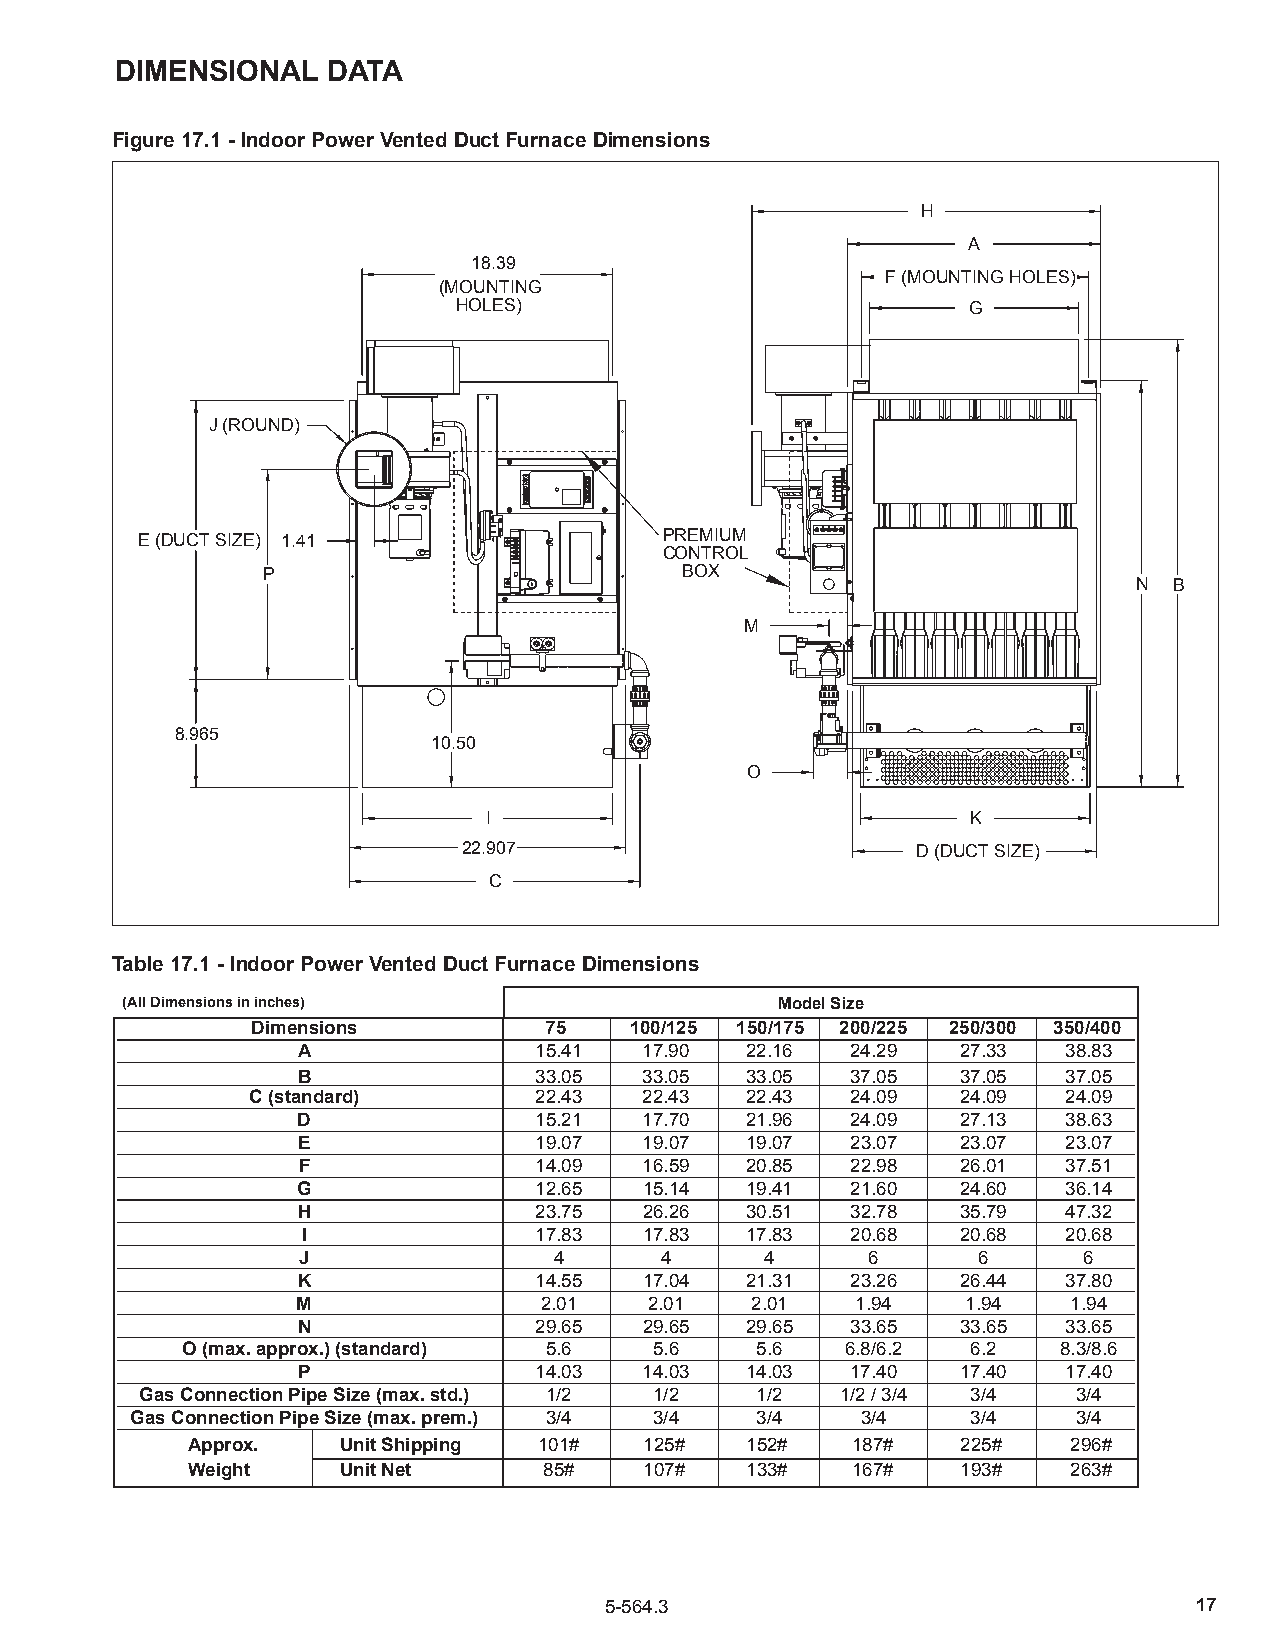
dimeNsioNAl   dATA
 Figure 17.1 - indoor Power vented duct Furnace dimensions
 H
 A
 18.39
 F (MOUNTING HOLES)
 (MOUNTING
 HOLES)                            G
 J (ROUND)
 E (DUCT SIZE) 1.41                 PREMIUM
 CONTROL
 P                           BOX
 N  B
 M
 8.965
 10.50
 O
 I                               K
 22.907                        D (DUCT SIZE)
 C
 Table 17.1 - indoor Power vented duct Furnace dimensions
 (All dimensions in inches)                 model size
 dimensions         75    100/125 150/175 200/225 250/300 350/400
 A              15.41   17.90 22.16  24.29   27.33  38.83
 b              33.05   33.05 33.05  37.05   37.05  37.05
 c (standard)      22.43   22.43 22.43  24.09   24.09  24.09
 d              15.21   17.70 21.96  24.09   27.13  38.63
 e              19.07   19.07 19.07  23.07   23.07  23.07
 F              14.09   16.59 20.85  22.98   26.01  37.51
 G              12.65   15.14 19.41  21.60   24.60  36.14
 H              23.75   26.26 30.51  32.78   35.79  47.32
 i              17.83   17.83 17.83  20.68   20.68  20.68
 J                4      4      4     6       6      6
 K              14.55   17.04 21.31  23.26   26.44  37.80
 m               2.01   2.01   2.01   1.94   1.94   1.94
 N              29.65   29.65 29.65  33.65   33.65  33.65
 o (max. approx.) (standard) 5.6 5.6   5.6   6.8/6.2 6.2   8.3/8.6
 P              14.03   14.03 14.03  17.40   17.40  17.40
 Gas connection Pipe size (max. std.) 1/2 1/2 1/2 1/2 / 3/4 3/4 3/4
 Gas connection Pipe size (max. prem.) 3/4 3/4 3/4 3/4  3/4    3/4
 Approx.   unit shipping 101#   125#  152#   187#    225#   296#
 Weight    unit Net      85#    107#  133#   167#    193#   263#
 5-564.3                                17